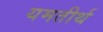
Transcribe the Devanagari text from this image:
यमतीर्थ